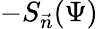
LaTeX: -S_{\vec{n}}(\Psi)